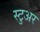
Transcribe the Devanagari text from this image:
स्टुअर